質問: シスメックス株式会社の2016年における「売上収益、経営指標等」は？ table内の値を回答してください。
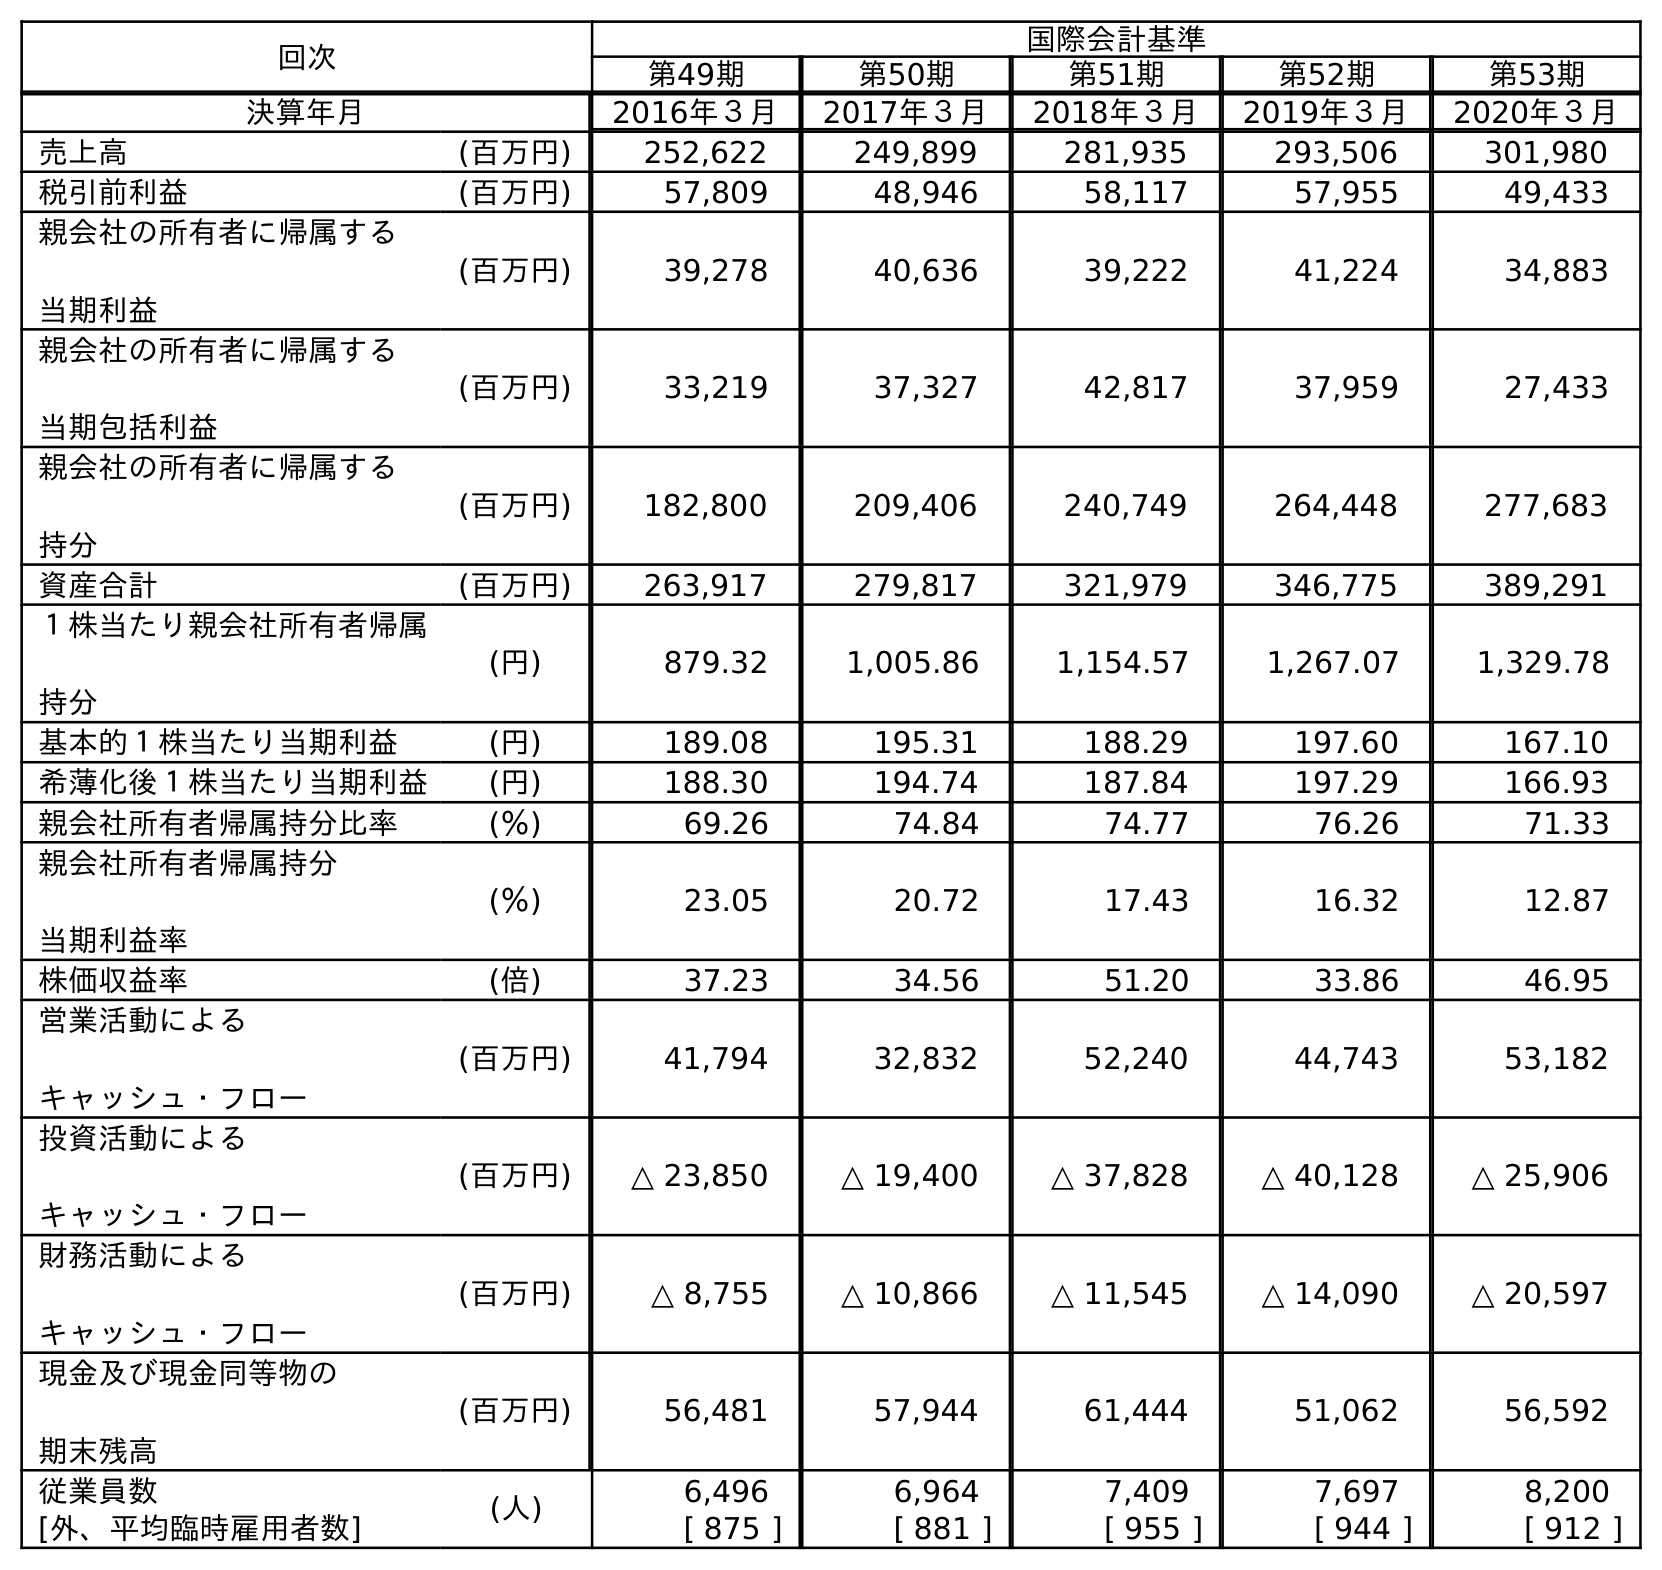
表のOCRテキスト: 回次 国際会計基準 第49期 第50期 第51期 第52期 第53期 決算年月 2016年３月 2017年３月 2018年３月 2019年３月 2020年３月 売上高 (百万円) 252,622 249,899 281,935 293,506 301,980 税引前利益 (百万円) 57,809 48,946 58,117 57,955 49,433 親会社の所有者に帰属する 当期利益 (百万円) 39,278 40,636 39,222 41,224 34,883 親会社の所有者に帰属する 当期包括利益 (百万円) 33,219 37,327 42,817 37,959 27,433 親会社の所有者に帰属する 持分 (百万円) 182,800 209,406 240,749 264,448 277,683 資産合計 (百万円) 263,917 279,817 321,979 346,775 389,291 １株当たり親会社所有者帰属 持分 (円) 879.32 1,005.86 1,154.57 1,267.07 1,329.78 基本的１株当たり当期利益 (円) 189.08 195.31 188.29 197.60 167.10 希薄化後１株当たり当期利益 (円) 188.30 194.74 187.84 197.29 166.93 親会社所有者帰属持分比率 (％) 69.26 74.84 74.77 76.26 71.33 親会社所有者帰属持分 当期利益率 (％) 23.05 20.72 17.43 16.32 12.87 株価収益率 (倍) 37.23 34.56 51.20 33.86 46.95 営業活動による キャッシュ・フロー (百万円) 41,794 32,832 52,240 44,743 53,182 投資活動による キャッシュ・フロー (百万円) △ 23,850 △ 19,400 △ 37,828 △ 40,128 △ 25,906 財務活動による キャッシュ・フロー (百万円) △ 8,755 △ 10,866 △ 11,545 △ 14,090 △ 20,597 現金及び現金同等物の 期末残高 (百万円) 56,481 57,944 61,444 51,062 56,592 従業員数 (人) 6,496 6,964 7,409 7,697 8,200 [外、平均臨時雇用者数] [ 875 ] [ 881 ] [ 955 ] [ 944 ] [ 912 ]
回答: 252,622